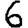
Digit: 6